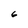
Character: 6